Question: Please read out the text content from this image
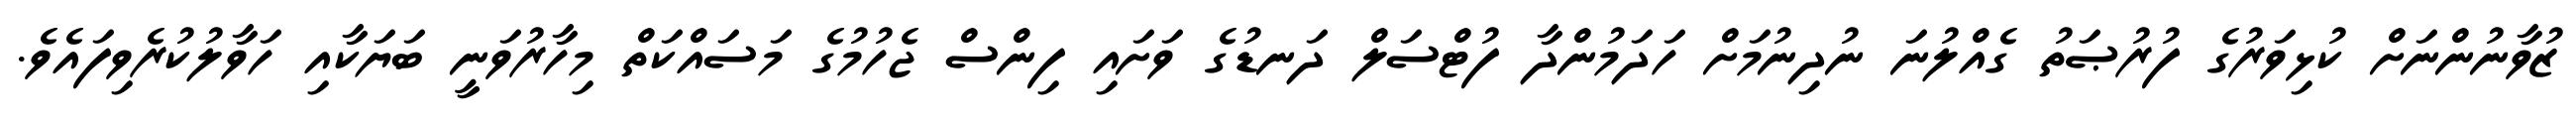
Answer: ޒުވާނުންނަށް ކުޅިވަރުގެ ފުރުޞަތު ގެއްލުނަ ނުދިނުމަށް ހަދަމުންދާ ފުޓްސަލް ދަނޑުގެ ވަށައި ފިންސް ޖެހުމުގެ މަސައްކަތް މިހާރުވަނީ ބަޔަކާއި ހަވާލުކުރެވިފައެވެ.